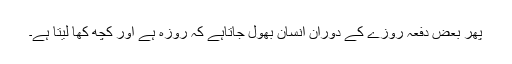
پھر بعض دفعہ روزے کے دوران انسان بھول جاتاہے کہ روزہ ہے اور کچھ کھا لیتا ہے۔